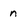
Character: n